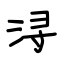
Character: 浔